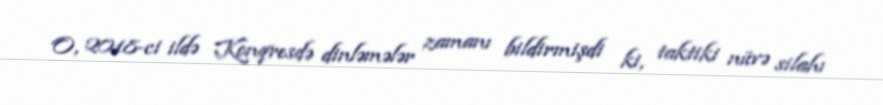
O, 2018-ci ildə Konqresdə dinləmələr zamanı bildirmişdi ki, taktiki nüvə silahı